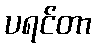
ပရင်တာ